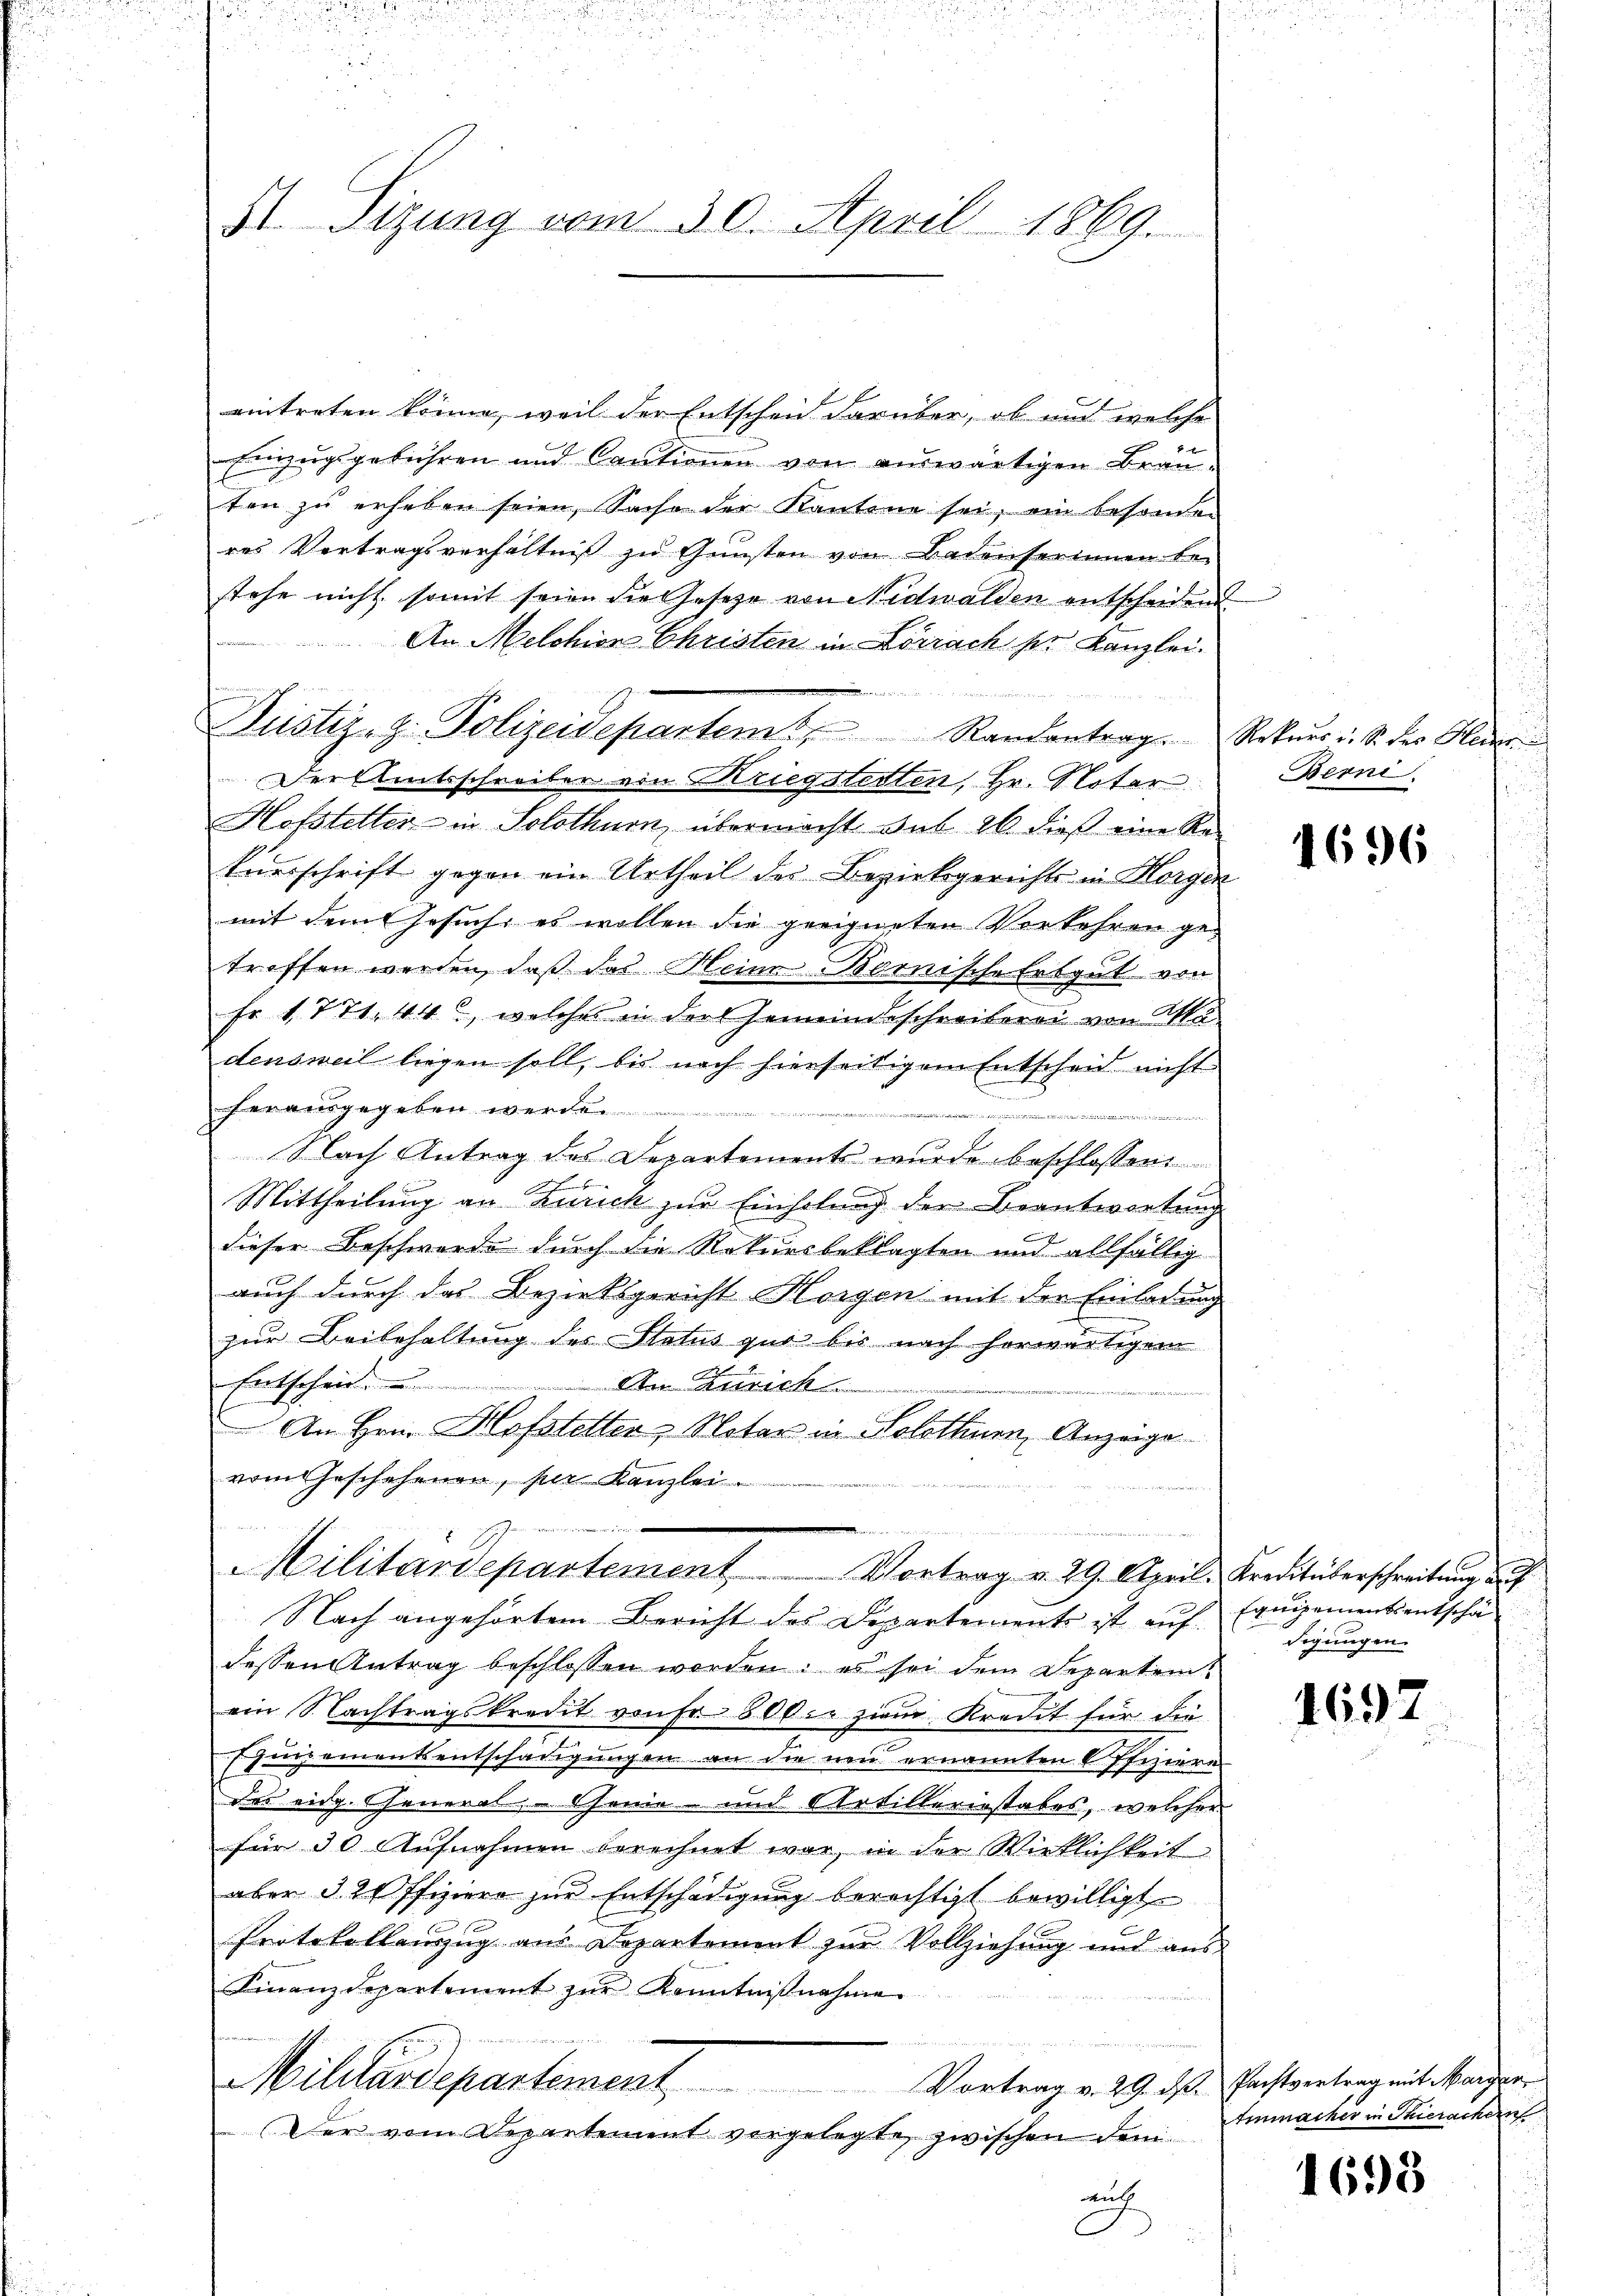
51. Sizung vom 30. April 1869.

eintreten könne, weil der Entscheid darüber, ob und welche
Einzugsgebühren und Cautionen von auswärtigen Bräuten zu erheben seien, Sache der Kantone sei, ein besonden
res Vertragsverhältniß zu Gunsten von Badenserinnen be-
stehe nicht somit seien die Gesetze von Nidwalden entscheidend
An Melchion Christen in Lörrach sie Kanzlei.

Der Amtsschreiber von Kriegstenten, Hr. Noter
Hofsteller in Solothurn, übermacht sub 26. dieß eine Re¬
Euerschrift gegen ein Urtheil des Bezirksgerichts in Horgen
mit dem Gesuch, es wollen die geeigneten Vorkehren getroffen werden, daß das Heine Bernische Erbgut von
Fr 1771, 44, welches in der Gemeindsschreiberei von Ma
densweil liegen soll, bis noch hierseitigem Entscheid nicht
fer ausgegeben wer
Auer            124 Bürger
Nach Antrag des Departements wurde beschlossen
Mittheilung an Zürich zur Einholung der Beantwortung
dieser Beschwerde durch die Rekursbeklagten und allfällig
auch durch das Bezirksgericht Horgen mit der Einladung
zur Beibehaltung des Status quo bis nach herwärtigem
Entscheit
An Zürich
Am Hrn. Hofstetter & Notar in Solothurn, Anzeige
vom Geschehenen, per Kanzlei.
Militärdepartement Vortrag v. 29. April. Kreditüberschreitung auf
Nach angehörtem Bericht des Dipartement ist auf
dessen Antrag beschlossen worden; es sei dem Departen,
ein Nachtragskredit von Fr. 800. zum Kredit für die
purementsentschädigungen an die neu ernannten Offiziere
des eidg. Cheneral- Chemie und Artilleriestabes, welcher
für 30 Aufnahmen berechnet war, in der Wirklichkeit
aber §. 20 ffiziere zur Entschädigung berechtigt bewilligt
Protokollauszug aus Departement zur Vollziehung und aus
Finanzdepartement zŭr Kenntniβnahme
Militärdepartement Vortrag v. 29. ds. Casternterzeit karger
Der vom Departement vorgelegte, zwischen dem
auch

Justiz- & Polizeidepartem Randantrag. Rekurs i. S. der Glarus

Berni

1696

Equipementsentschädigungen.

1695

Ammacher in erachern

1698